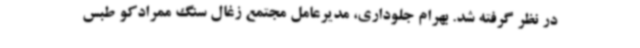
در نظر گرفته شد. بهرام جلوداری، مدیرعامل مجتمع زغال سنگ ممرادکو طبس